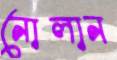
নোলান